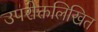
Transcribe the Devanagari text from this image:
उपरोक्तलिखित